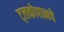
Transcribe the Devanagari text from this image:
ट्लकोपानचे